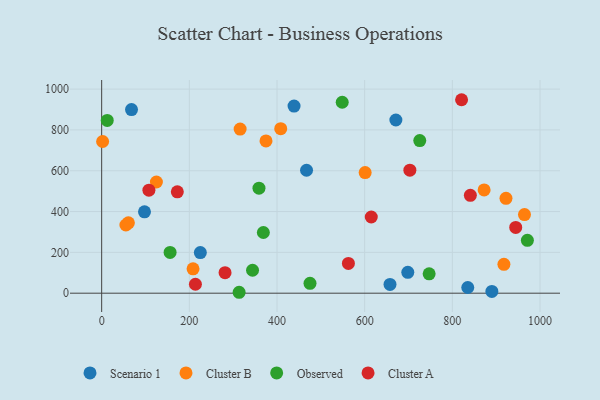
{"axis": {"x": "Engine Size", "y": "Exam Score"}, "legend": ["Cluster A", "Cluster B", "Observed", "Scenario 1"], "data": [{"x": "657.8", "y": 43.2, "type": "Scenario 1"}, {"x": "438.9", "y": 917.0, "type": "Scenario 1"}, {"x": "835.2", "y": 28.0, "type": "Scenario 1"}, {"x": "467.4", "y": 602.4, "type": "Scenario 1"}, {"x": "97.7", "y": 398.7, "type": "Scenario 1"}, {"x": "698.4", "y": 102.5, "type": "Scenario 1"}, {"x": "671.2", "y": 848.7, "type": "Scenario 1"}, {"x": "225.1", "y": 198.8, "type": "Scenario 1"}, {"x": "890.2", "y": 8.5, "type": "Scenario 1"}, {"x": "68.1", "y": 899.5, "type": "Scenario 1"}, {"x": "124.9", "y": 544.9, "type": "Cluster B"}, {"x": "2.2", "y": 743.2, "type": "Cluster B"}, {"x": "208.5", "y": 119.5, "type": "Cluster B"}, {"x": "55.3", "y": 334.1, "type": "Cluster B"}, {"x": "374.9", "y": 746.3, "type": "Cluster B"}, {"x": "61.0", "y": 345.0, "type": "Cluster B"}, {"x": "408.5", "y": 806.2, "type": "Cluster B"}, {"x": "922.4", "y": 464.8, "type": "Cluster B"}, {"x": "872.5", "y": 505.8, "type": "Cluster B"}, {"x": "964.6", "y": 385.1, "type": "Cluster B"}, {"x": "315.9", "y": 804.2, "type": "Cluster B"}, {"x": "601.1", "y": 591.0, "type": "Cluster B"}, {"x": "917.7", "y": 141.6, "type": "Cluster B"}, {"x": "12.7", "y": 846.4, "type": "Observed"}, {"x": "358.9", "y": 514.6, "type": "Observed"}, {"x": "313.6", "y": 4.5, "type": "Observed"}, {"x": "344.2", "y": 112.5, "type": "Observed"}, {"x": "548.8", "y": 935.6, "type": "Observed"}, {"x": "156.1", "y": 199.8, "type": "Observed"}, {"x": "475.3", "y": 48.4, "type": "Observed"}, {"x": "971.2", "y": 259.3, "type": "Observed"}, {"x": "747.1", "y": 94.9, "type": "Observed"}, {"x": "368.9", "y": 297.3, "type": "Observed"}, {"x": "725.7", "y": 748.0, "type": "Observed"}, {"x": "562.9", "y": 145.8, "type": "Cluster A"}, {"x": "615.1", "y": 373.3, "type": "Cluster A"}, {"x": "703.1", "y": 602.9, "type": "Cluster A"}, {"x": "944.6", "y": 322.2, "type": "Cluster A"}, {"x": "821.1", "y": 948.0, "type": "Cluster A"}, {"x": "107.8", "y": 504.9, "type": "Cluster A"}, {"x": "213.9", "y": 43.9, "type": "Cluster A"}, {"x": "841.1", "y": 479.7, "type": "Cluster A"}, {"x": "281.5", "y": 100.7, "type": "Cluster A"}, {"x": "172.6", "y": 496.5, "type": "Cluster A"}]}